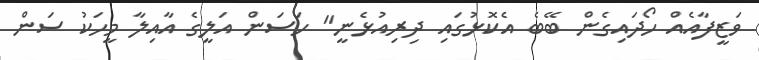
ވަޒީފާއެއް ހޯދައިގެން ބޭބެ އެކޮޅުގައި ދިރިއުޅެނީ" ހަސަން އަލީގެ އާއިލާ މީހަކު ސަން